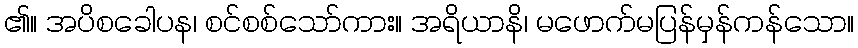
၏။ အပိစခေါပန၊ စင်စစ်သော်ကား။ အရိယာနိ၊ မဖောက်မပြန်မှန်ကန်သော။